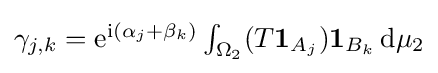
{\textstyle \gamma _{j,k}=\mathrm {e} ^{\mathrm {i} (\alpha _{j}+\beta _{k})}\int _{\Omega _{2}}(T\mathbf {1} _{A_{j}})\mathbf {1} _{B_{k}}\,\mathrm {d} \mu _{2}}